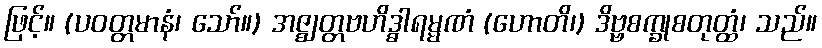
ဖြင့်။ (ပဝတ္တမာနံ၊ သော်။) အဇ္ဈတ္တဗဟိဒ္ဓါရမ္မဏံ (ဟောတိ၊) ဒိဗ္ဗစက္ခုစတုတ္ထံ၊ သည်။